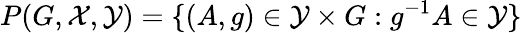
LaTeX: P(G,{\mathcal{X}},{\mathcal{Y}})=\{ (A,g)\in{\mathcal{Y}}\times G:g^{-1}A\in{\mathcal{Y}}\}